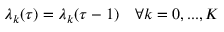
\lambda _ { k } ( \tau ) = \lambda _ { k } ( \tau - 1 ) \quad \forall k = 0 , . . . , K